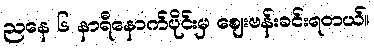
ညနေ ၆ နာရီနောက်ပိုင်းမှ ဈေးဗန်းခင်းရတယ်။